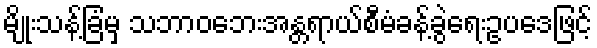
မျိုးသန့်ခြံမှ သဘာဝဘေးအန္တရာယ်စီမံခန့်ခွဲရေးဥပဒေဖြင့်